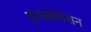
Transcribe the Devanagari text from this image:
इन्फ्लेमेशन